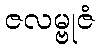
ဇလမ္ဗုဇံ